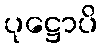
ပုဋ္ဌောပိ